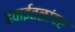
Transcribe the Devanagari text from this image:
हवाईतळांवर